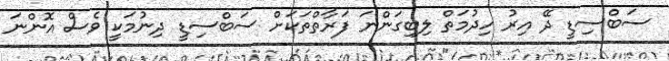
ސަބްސިޑީ ދޭ އިރު ހިދުމަތް ލިބިގަންނަ ފަރާތްތަކަށް ސަބްސިޑީ ދިނުމަކީ ވެސް އޮންނަ